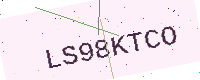
Text: LS98KTCO